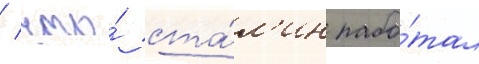
/ что́ ста́л'ин рабо́тал